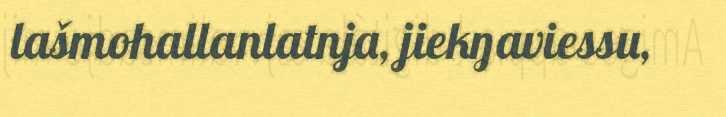
lašmohallanlatnja, jiekŋaviessu,